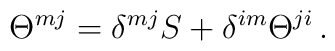
\Theta^{mj}=\delta^{mj}S+\delta^{im}\Theta^{ji}\,.